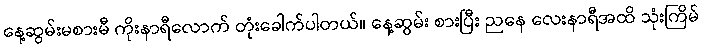
နေ့ဆွမ်းမစားမီ ကိုးနာရီလောက် တုံးခေါက်ပါတယ်။ နေ့ဆွမ်း စားပြီး ညနေ လေးနာရီအထိ သုံးကြိမ်